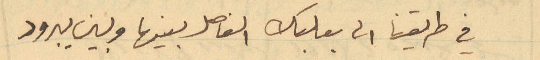
في طريقنا الى بعلبك الفاصل بينها وبين يبرود